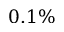
0 . 1 \%